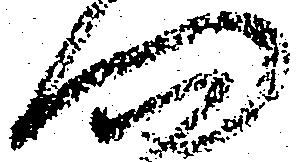
問